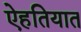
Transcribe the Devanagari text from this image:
ऐहतियात